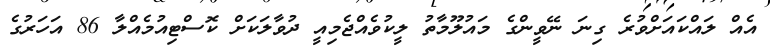
އެއް ލައްކައަށްވުރެ ގިނަ ނޭވީންގެ މައުލޫމާތު ލީކުވެއްޖެމިއީ ދުވާލަކަށް ކޮސްޓިއުމެއްލާ 86 އަހަރުގެ